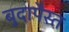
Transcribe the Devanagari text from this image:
बुदापैस्त